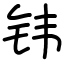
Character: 𬬬